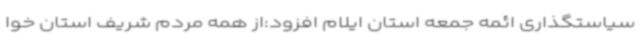
سیاستگذاری ائمه جمعه استان ایلام افزود:از همه مردم شریف استان خوا